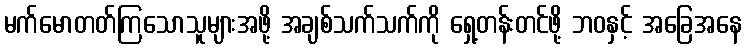
မက်မောတတ်ကြသောသူများအဖို့ အချစ်သက်သက်ကို ရှေ့တန်းတင်ဖို့ ဘဝနှင့် အခြေအနေ